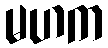
မဟက